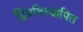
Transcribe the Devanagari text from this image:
द्विप्रतिस्थापित